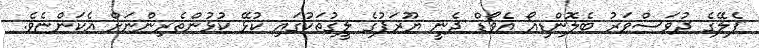
ޕެލޭގެ ދުވަސްވަރު ބެލޮންޑިއޯ އެވޯޑް ދެނީ ޔޫރަޕުގެ ލީގުތަކުގައި ކުޅޭ ކުޅުންތެރިންނަށް އެކަންޏެވެ.